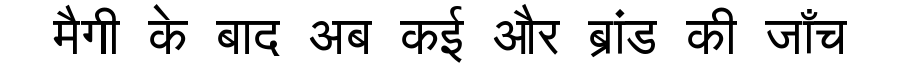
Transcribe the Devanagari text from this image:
मैगी के बाद अब कई और ब्रांड की जाँच